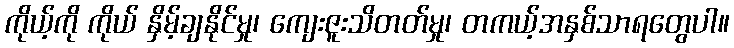
ကိုယ့်ကို ကိုယ် နှိမ့်ချနိုင်မှု၊ ကျေးဇူးသိတတ်မှု၊ တကယ့်အနှစ်သာရတွေပါ။